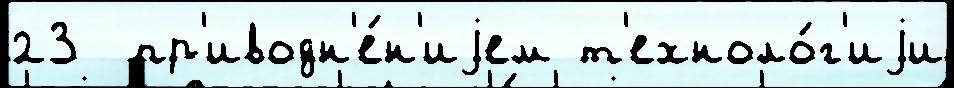
23  пр'иводн'е́н'иjем т'ехноло́г'иjи